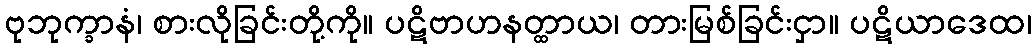
ဗုဘုက္ခာနံ၊ စားလိုခြင်းတို့ကို။ ပဋိဗာဟနတ္ထာယ၊ တားမြစ်ခြင်းငှာ။ ပဋိယာဒေထ၊